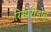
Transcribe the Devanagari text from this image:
रिस्पेरीडोन